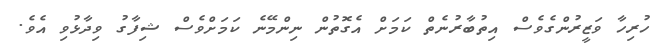
ހުރިހާ ވަޒީރުންގެވެސް އިތުބާރުނެތް ކަމަށް އެގޮތުން ނިންމޭނެ ކަމަށްވެސް ޝިފާގު ވިދާޅުވި އެވެ.